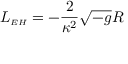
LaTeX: L _ { { \scriptscriptstyle E H } } = - \frac { 2 } { \kappa ^ { 2 } } \sqrt { - g } R